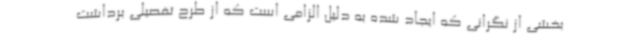
بخشی از نگرانی که ایجاد شده به دلیل الزامی است که از طرح تفصیلی برداشت